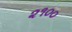
૨૧૦૦